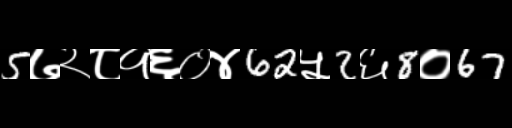
Text: 5७२८१६०४62५2६8०67